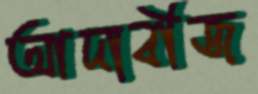
আদাবীজ